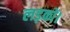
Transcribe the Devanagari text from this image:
लड़कों।